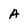
Character: A